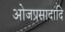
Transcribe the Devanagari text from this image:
ओजप्रसादादि